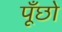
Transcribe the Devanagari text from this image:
पूँछो